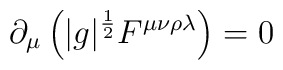
\partial_{\mu} \left( |g|^{\frac{1}{2}} F^{\mu \nu \rho \lambda} \right) = 0